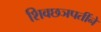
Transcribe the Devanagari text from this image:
शिवछञपतींने